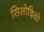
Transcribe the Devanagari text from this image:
सिसोदियो